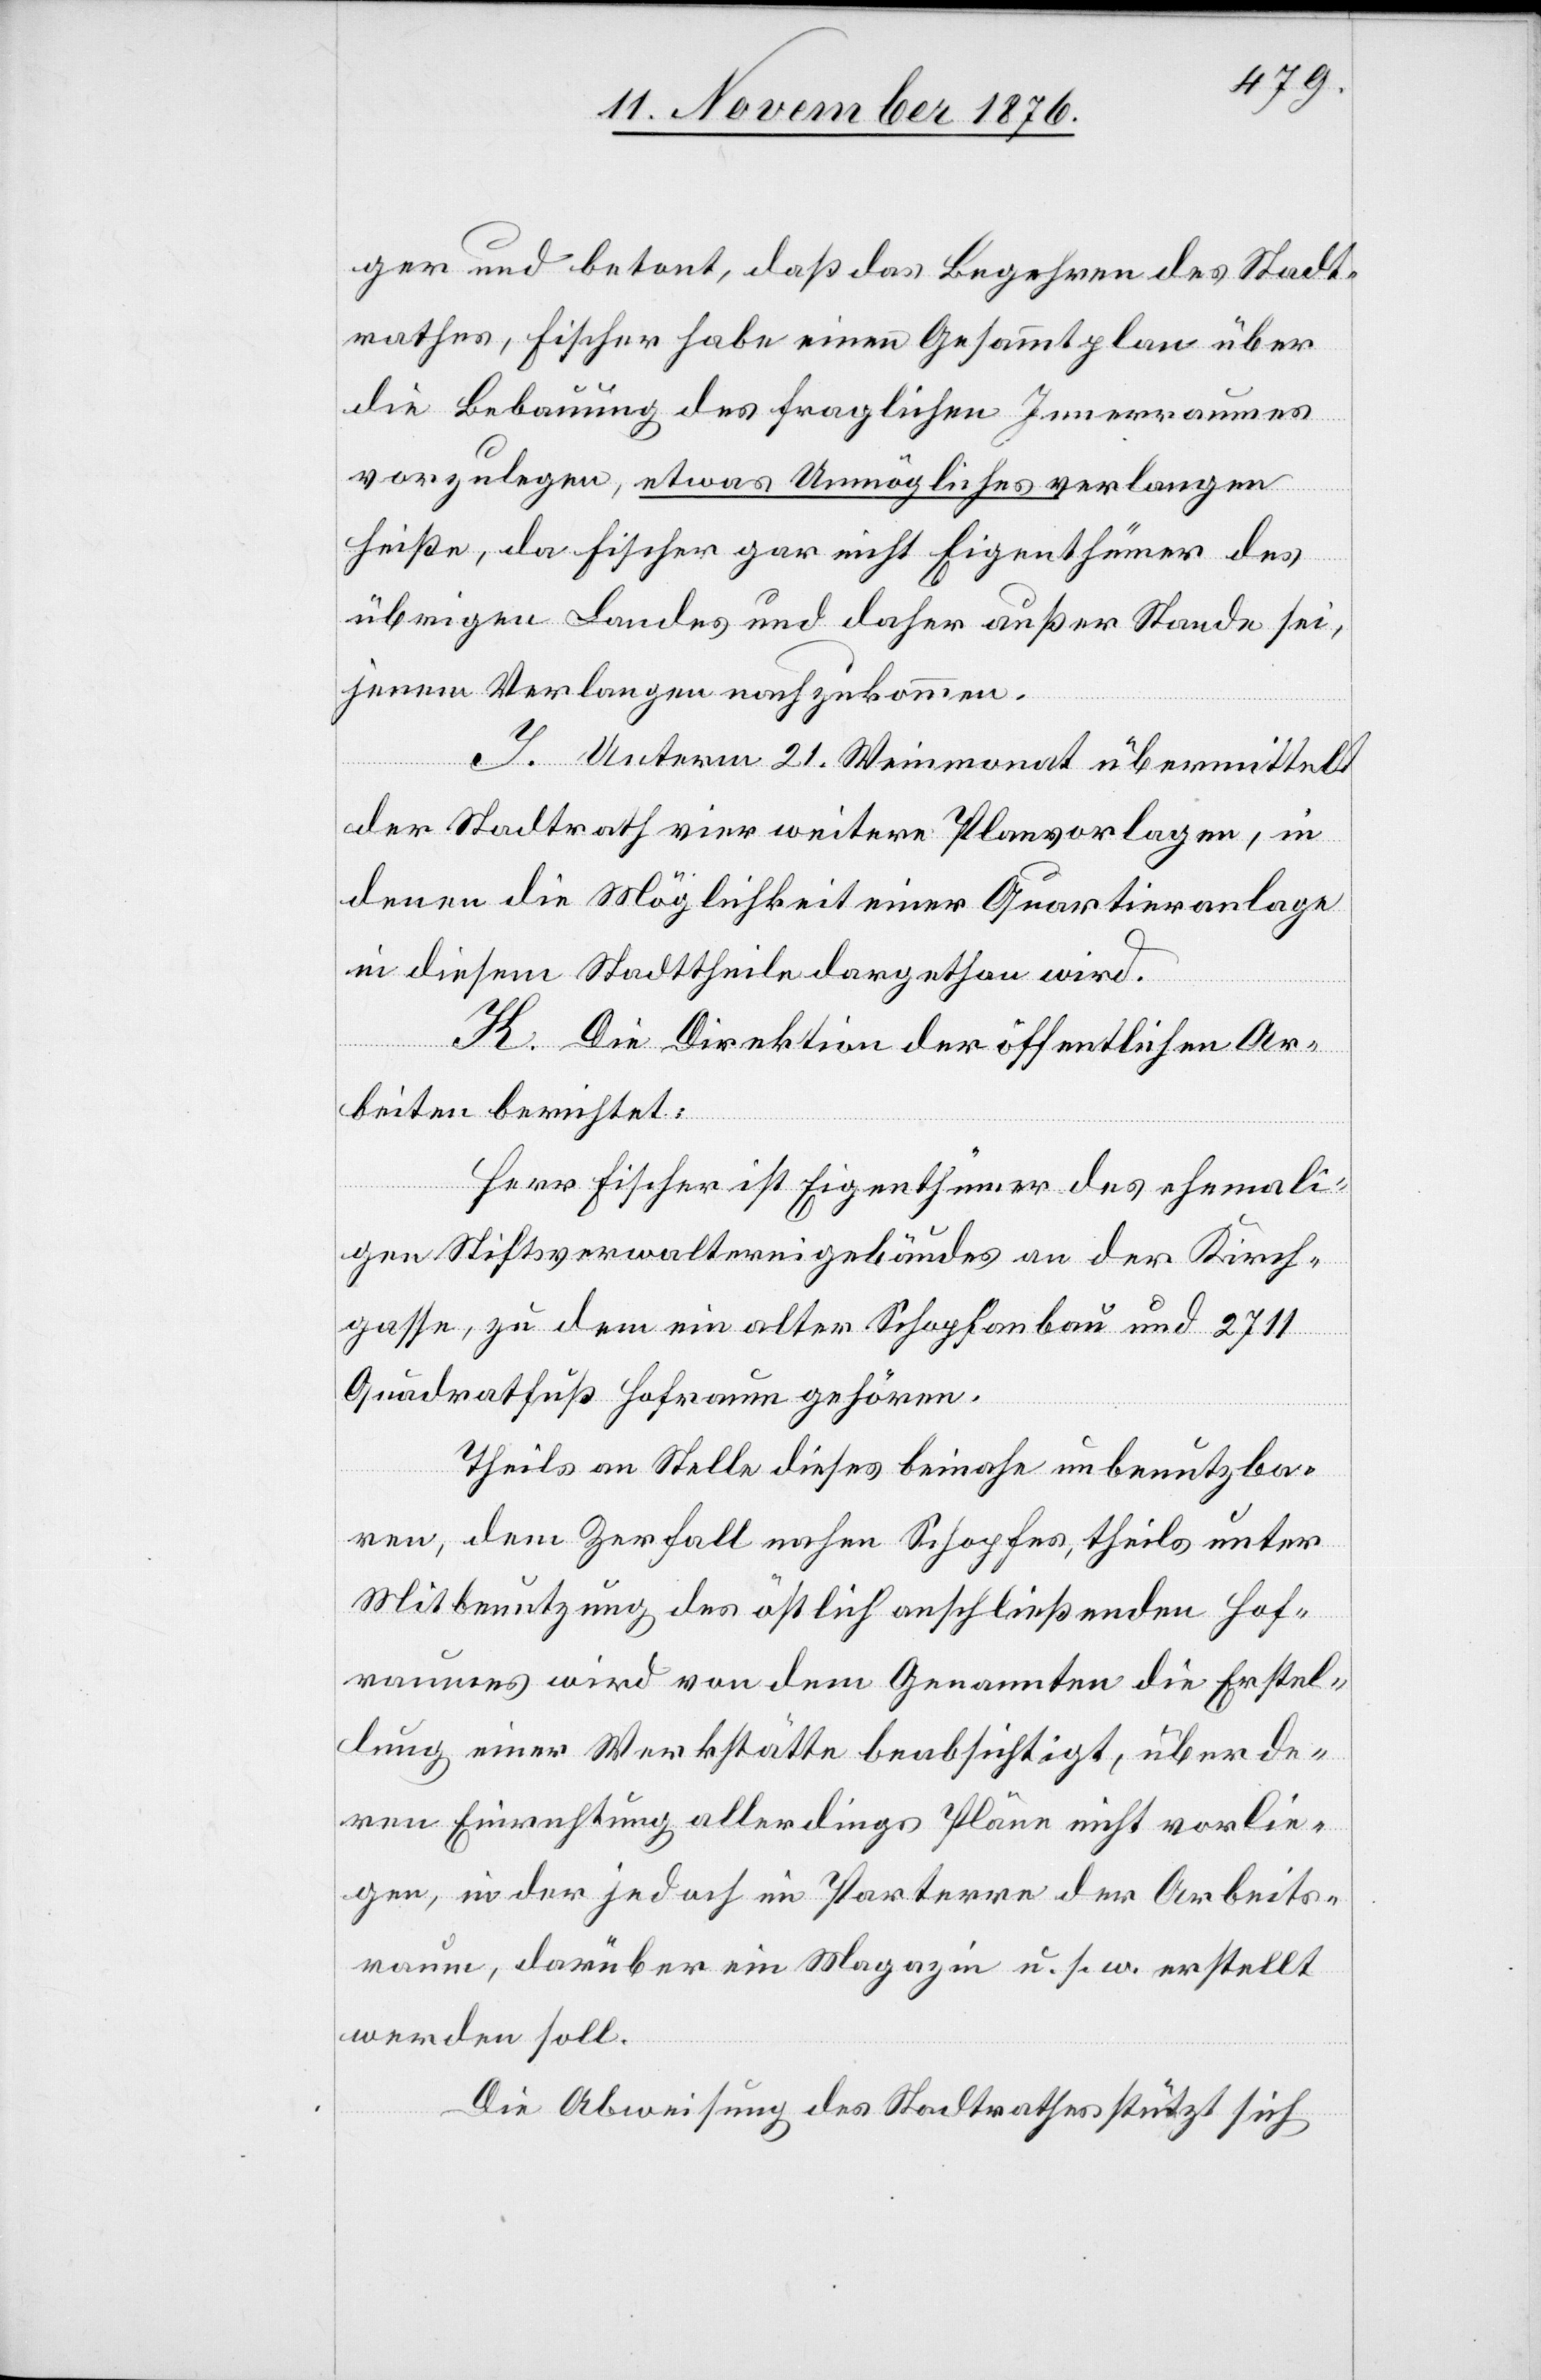
ger und betont, daß das Begehren des Stadt¬
rathes, Fischer habe einen Gesammtplan über
die Bebauung des fraglichen Innenraumes
vorzulegen, etwas Unmögliches verlangen
heiße, da Fischer gar nicht Eigenthümer des
übrigen Landes und daher außer Stande sei,
jenem Verlangen nachzukommen.
I. Unterm 21. Weinmonat übermittelt
der Stadtrath vier weitere Planvorlagen, in
denen die Möglichkeit einer Quartiranlage
in diesem Stadttheile dargethan wird.
K. Die Direktion der öffentlichen Ar¬
beiten berichtet:
Herr Fischer ist Eigenthümer des ehemali¬
gen Stiftsverwaltungsgebäudes an der Kirch¬
gasse, zu dem ein alter Schopfanbau und 2711
Quadratfuß Hofraum gehören.
Theils an Stelle dieses beinahe unbenutzba¬
ren, dem Zerfall nahem Schopfes, theils unter
Mitbenutzung des östlich anschließenden Hof¬
raumes wird von dem Genannten die Erstel¬
lung einer Werkstätte beabsichtigt, über de¬
ren Einrichtung allerdings Pläne nicht vorlie¬
gen, in der jedoch im Parterre der Arbeits¬
raum, darüber ein Magazin u. s. w. erstellt
werden soll.
Die Abweisung des Stadtrathes stützt sich